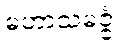
မဟာသမဇ္ဇံ